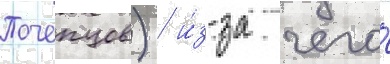
Почепцов) / и́з-за чего́